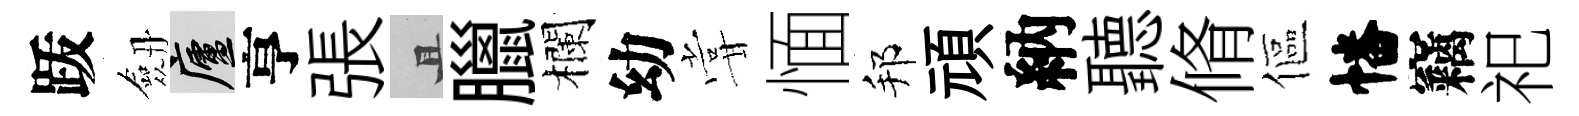
䟦劔廬亨張且臘欄幼甞愐邦頑納聽脩傴幡竊祀